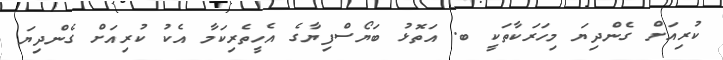
ކުރިއަށް ގެންދިޔަ މިހަރަކާތަކީ ބ. އަތޮޅު ބަޔޯސްފިޔާގެ އެހީތެރިކަމާ އެކު ކުރިއަށް ގެންދިޔަ